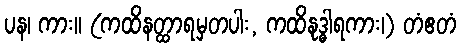
ပန၊ ကား။ (ကထိနတ္ထာရမှတပါး, ကထိနုဒ္ဓါရကား၊) တံဧတံ